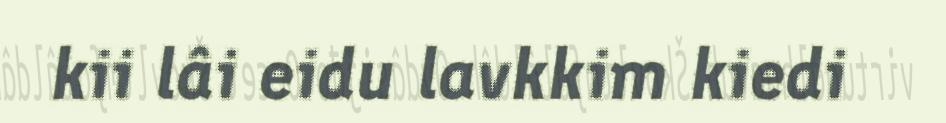
kii lâi eidu lavkkim kiedi